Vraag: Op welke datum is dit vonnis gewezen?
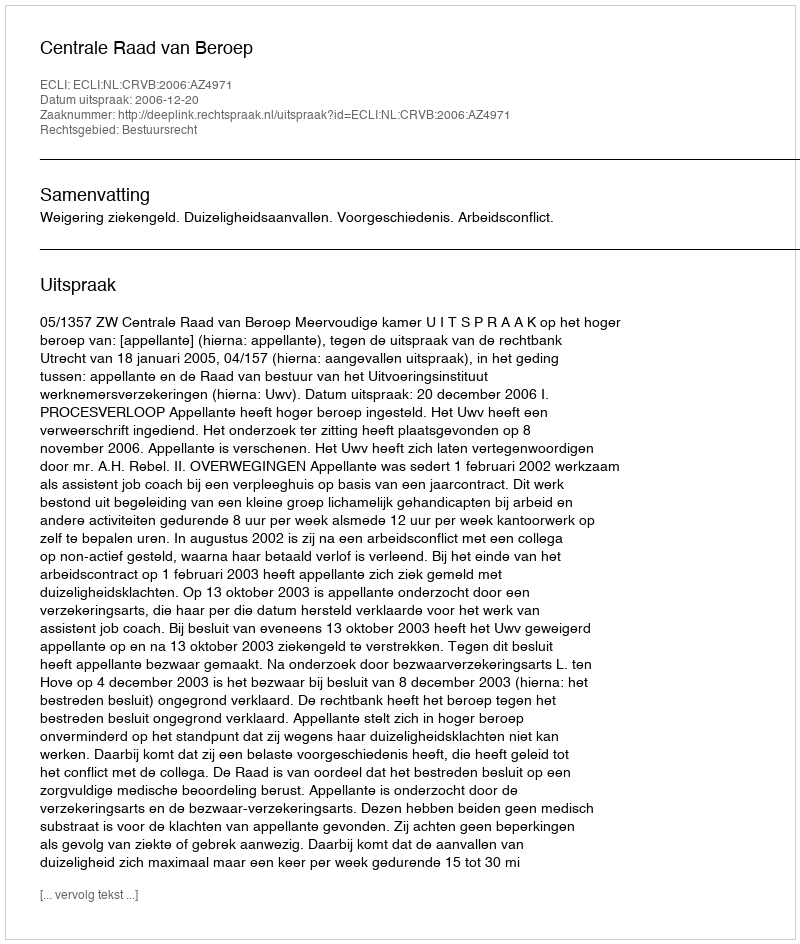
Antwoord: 2006-12-20